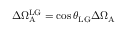
\Delta \Omega _ { \mathrm { A } } ^ { \mathrm { L G } } = \cos { \theta _ { \mathrm { L G } } } \Delta \Omega _ { \mathrm { A } }